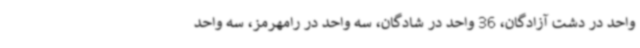
واحد در دشت آزادگان، 36 واحد در شادگان، سه واحد در رامهرمز، سه واحد